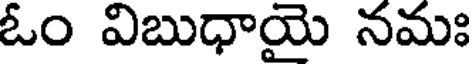
ఓం విబుధాయై నమః